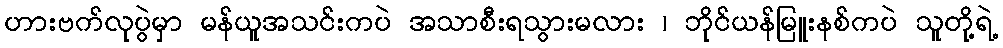
ဟားဗက်လုပွဲမှာ မန်ယူအသင်းကပဲ အသာစီးရသွားမလား ၊ ဘိုင်ယန်မြူးနစ်ကပဲ သူတို့ရဲ့